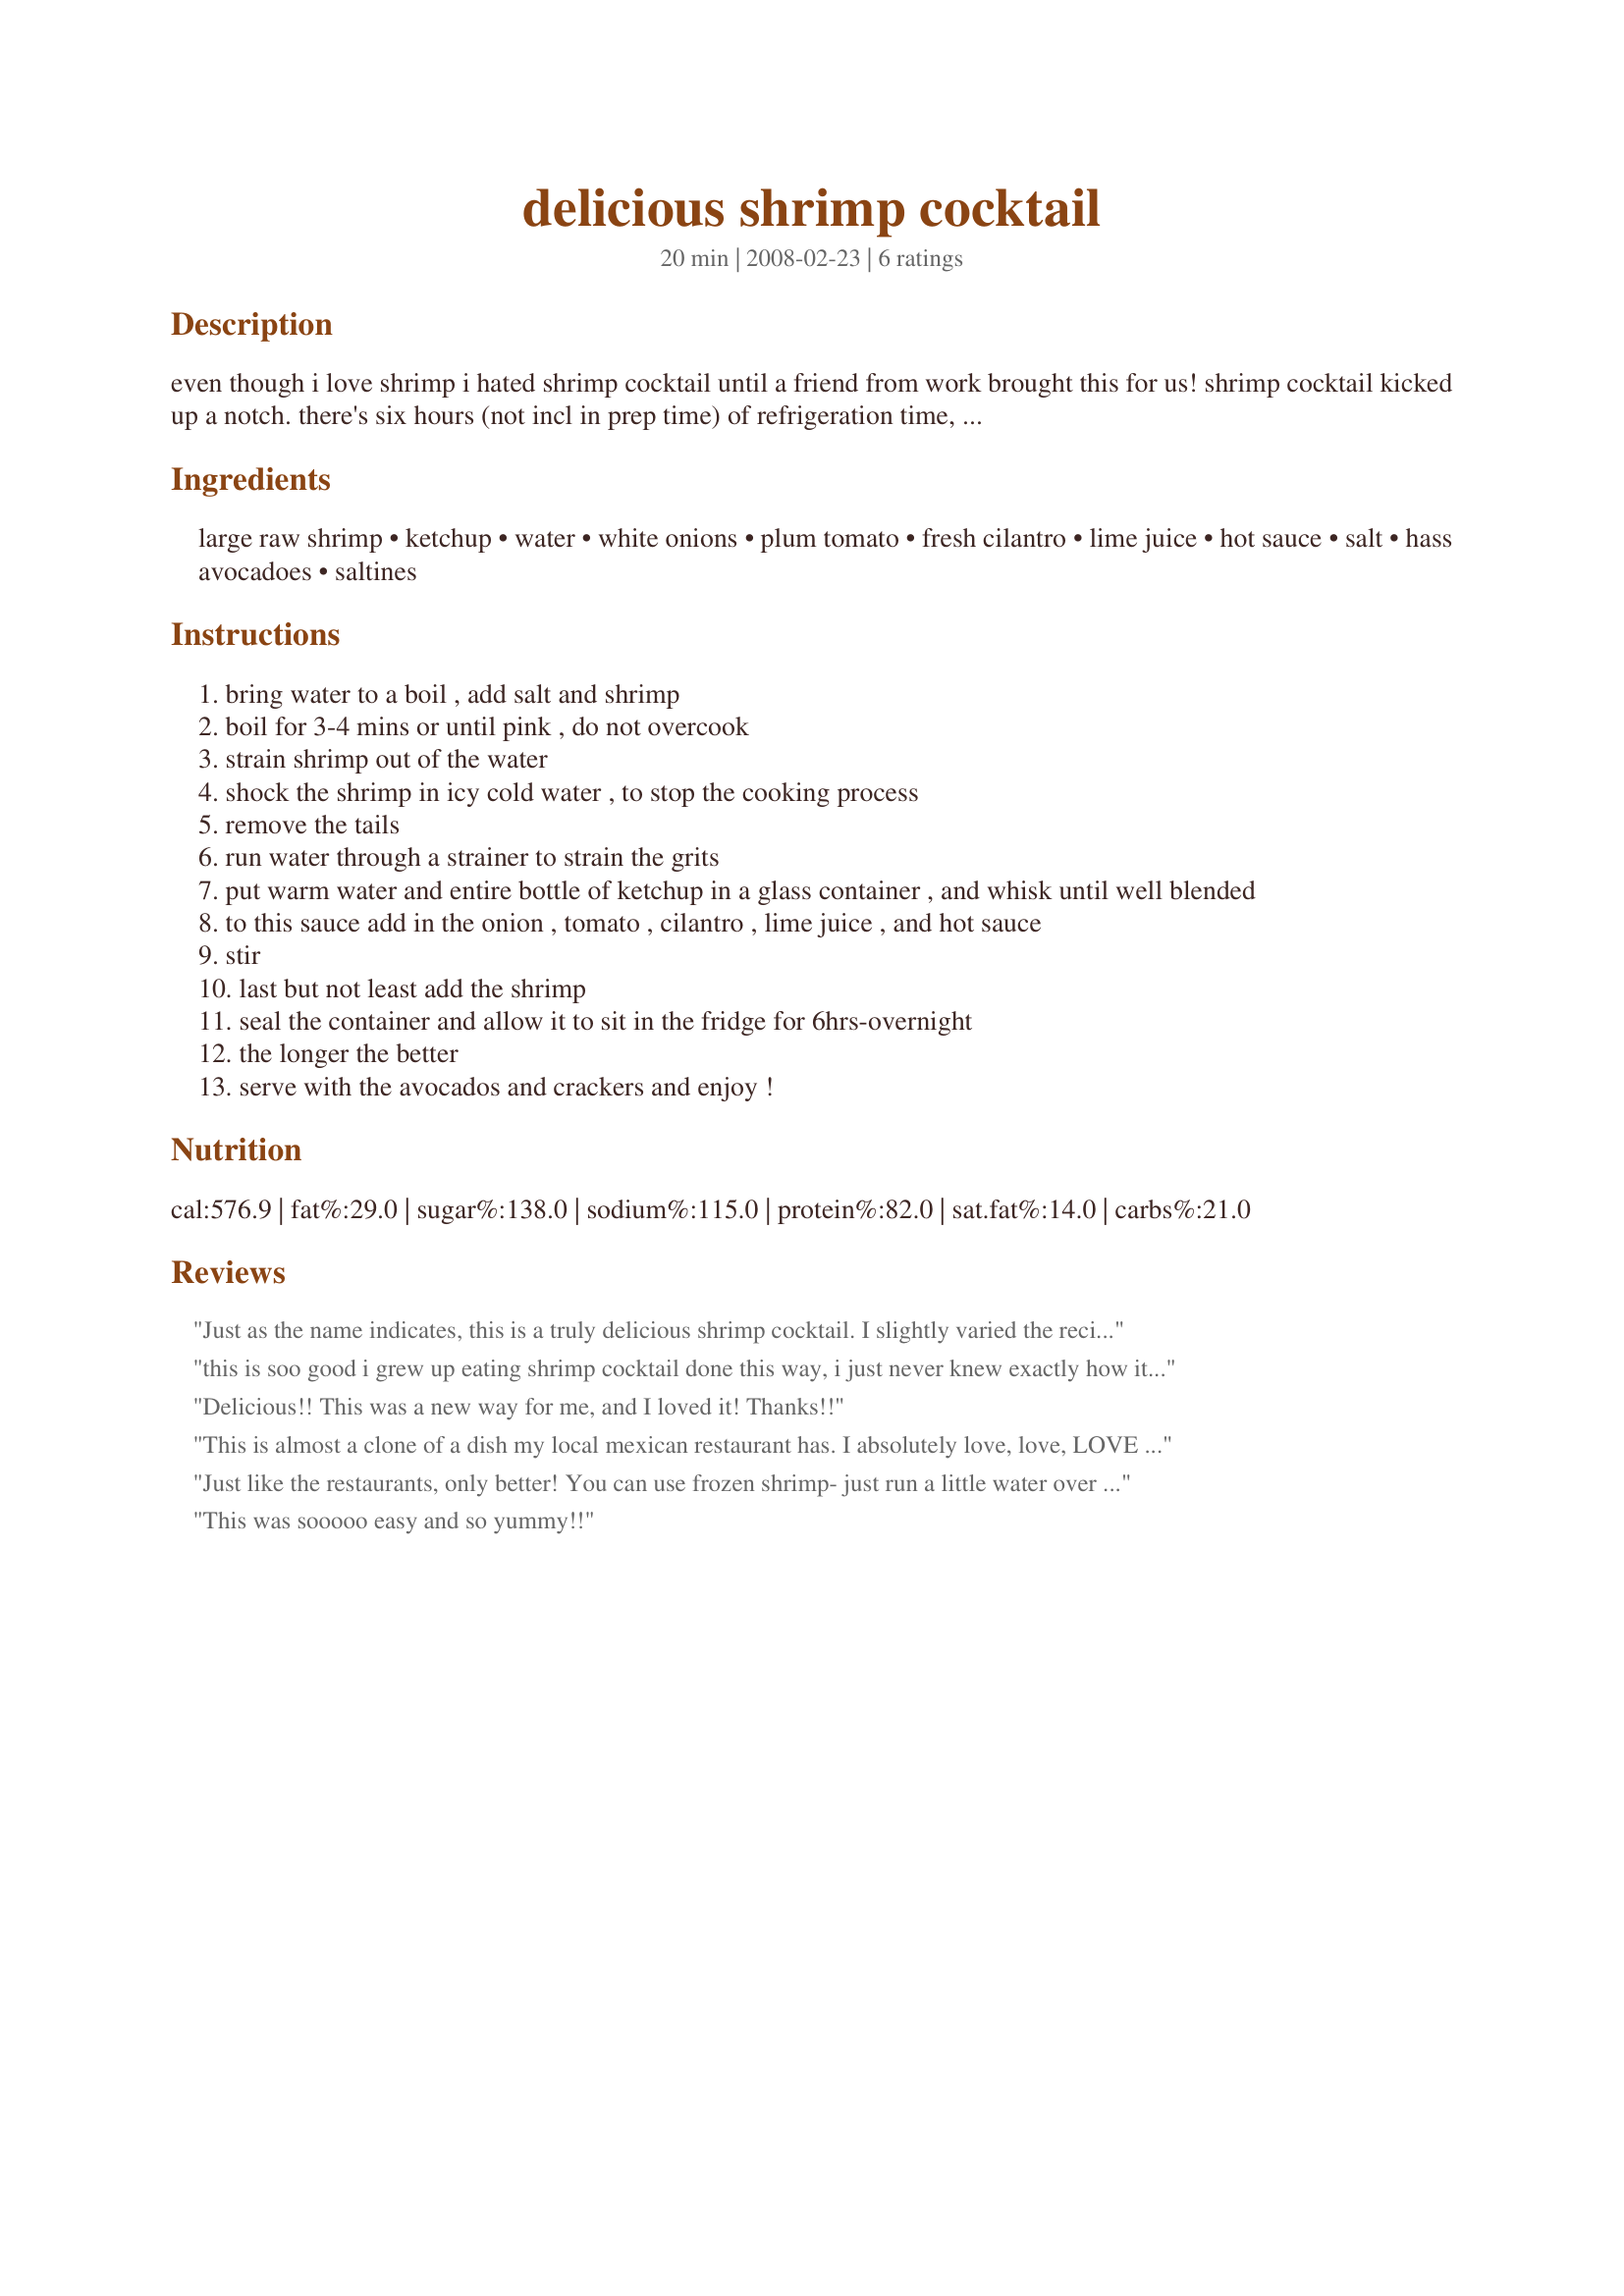
delicious shrimp cocktail
Preparation time: 20 minutes

even though i love shrimp i hated shrimp cocktail until a friend from work brought this for us! shrimp cocktail kicked up a notch. there's six hours (not incl in prep time) of refrigeration time, so plan ahead!

Ingredients:
large raw shrimp, ketchup, water, white onions, plum tomato, fresh cilantro, lime juice, hot sauce, salt, hass avocadoes, saltines

Steps:
bring water to a boil , add salt and shrimp
boil for 3-4 mins or until pink , do not overcook
strain shrimp out of the water
shock the shrimp in icy cold water , to stop the cooking process
remove the tails
run water through a strainer to strain the grits
put warm water and entire bottle of ketchup in a glass container , and whisk until well blended
to this sauce add in the onion , tomato , cilantro , lime juice , and hot sauce
stir
last but not least add the shrimp
seal the container and allow it to sit in the fridge for 6hrs-overnight
the longer the better
serve with the avocados and crackers and enjoy !

Reviews:
Just as the name indicates, this is a truly delicious shrimp cocktail. I slightly varied the recipe by adding in some diced avocado right to the sauce instead of serving on the side. Also, I only let it chill for about an hour, since I was so determined to try it. I was not disappointed in the slightest, and my fiance immediately gave it the thumb's up! This recipe is a definite keeper. Thanks for posting!
this is soo good i grew up eating shrimp cocktail done this way, i just never knew exactly how it was done
Delicious!! This was a new way for me, and I loved it! Thanks!!
This is almost a clone of a dish my local mexican restaurant has. I absolutely love, love, LOVE it! I made this for our monthly "girl's night". we had this and "recipe #280302" and they went together wonderfully. I had a ton of leftovers, so I strained out the shrimp and veggies and used them as quesadilla filling with the sauce on top. Also fabulous! Thanks for a summer staple!
Just like the restaurants, only better! You can use frozen shrimp- just run a little water over them and then use. Then use 6 c. warm H20 instead of shrimp H20. I also add more vegies- celery, cucumber, yellow bell pepper- if your family doesn't like raw onion, use half-scallions; they flavor but are easy to avoid! Add a can a of well rinsed black beans for a meal! I always wanted to know how they did the sauce- thank you!
This was sooooo easy and so yummy!!
